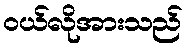
ဝယ်လိုအားသည်